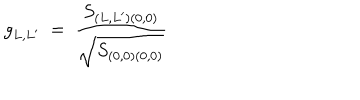
LaTeX: g _ { L , L ^ { \prime } } \ = \ \frac { S _ { ( L , L ^ { \prime } ) ( 0 , 0 ) } } { \sqrt { S _ { ( 0 , 0 ) ( 0 , 0 ) } } }